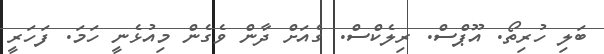
ބަލި ހުރިތޯ. އޫޕްސް. ރިލެކްސް. ގެއަށް ދާން ވެގެން މިއުޅެނީ ހަމަ. ފަހަރީ